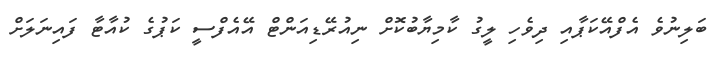
ބަލިނުވެ އެފްއޭކަޕާއި ދިވެހި ލީގު ކާމިޔާބުކޮށް ނިއުރޭޑިއަންޓް އޭއެފްސީ ކަޕުގެ ކުއާޓާ ފައިނަލަށް